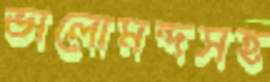
ভালোমন্দসহ